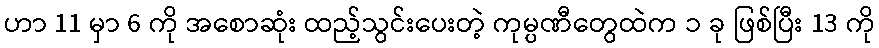
ဟာ 11 မှာ 6 ကို အစောဆုံး ထည့်သွင်းပေးတဲ့ ကုမ္ပဏီတွေထဲက ၁ ခု ဖြစ်ပြီး 13 ကို